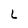
Character: L